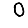
Digit: 0